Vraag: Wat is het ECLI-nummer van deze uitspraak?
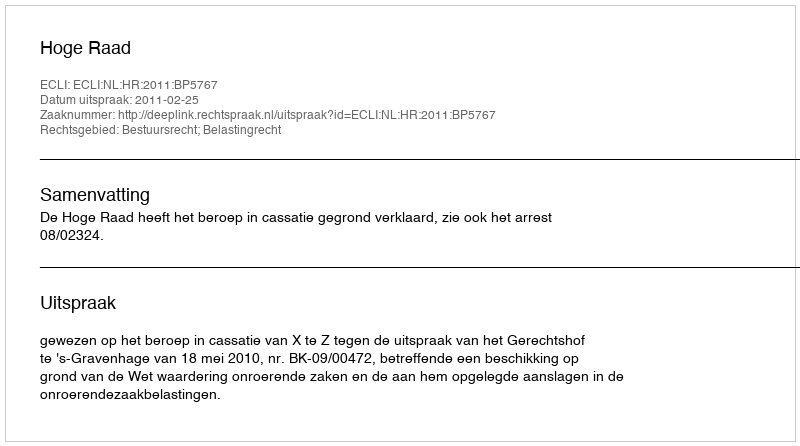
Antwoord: ECLI:NL:HR:2011:BP5767